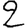
Digit: 2